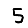
Digit: 5